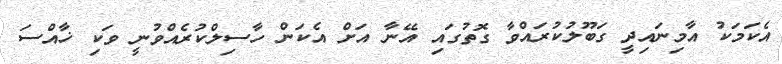
އެކަމަކު އާމިނައިދީ ގަބޫލުކުރައްވާ ގޮތުގައި އޭނާ އަށް އެކަން ހާސިލްކުރެއްވުނީ ވަކި ޚާއްސަ